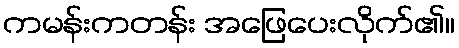
ကမန်းကတန်း အဖြေပေးလိုက်၏။